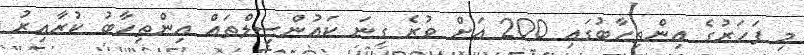
މި ފަހަރުގެ އިންތިހާބުގައި 200 އަށް ވުރެ ގިނަ ކައުންސިލްތައް އިންތިހާބު ކުރާއިރު